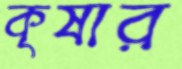
কৃষার